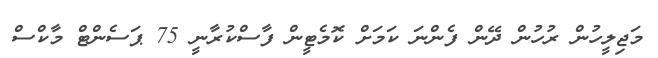
މަޖިލީހުން ރުހުން ދޭން ފެންނަ ކަމަށް ކޮމެޓީން ފާސްކުރާނީ 75 ޕަސެންޓް މާކްސް